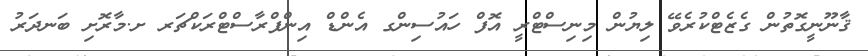
ޤާނޫނީގޮތުން ގެޒެޓްކުރެވޭ ލިޔުން މިނިސްޓްރީ އޮފް ހައުސިންގ އެންޑް އިންފްރާސްޓްރަކްޗަރ ށ.މާރޮށި ބަނދަރު